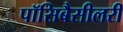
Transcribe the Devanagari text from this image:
पॉसिबैसीलरी